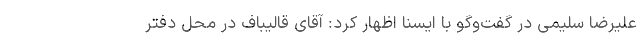
علیرضا سلیمی در گفت‌وگو با ایسنا اظهار کرد: آقای قالیباف در محل دفتر